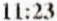
11:23